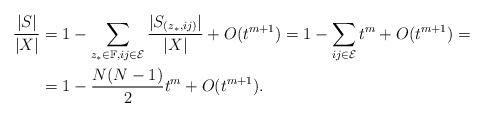
LaTeX: \begin{align*}\frac{|S|}{|X|}&=1-\sum_{z_{\ast}\in\mathbb F,ij\in\mathcal{E}}\frac{|S_{(z_{\ast},ij)}|}{|X|}+O(t^{m+1})=1-\sum_{ij\in\mathcal{E}}t^m+O(t^{m+1})=\\&=1-\frac{N(N-1)}{2}t^m+O(t^{m+1}).\end{align*}